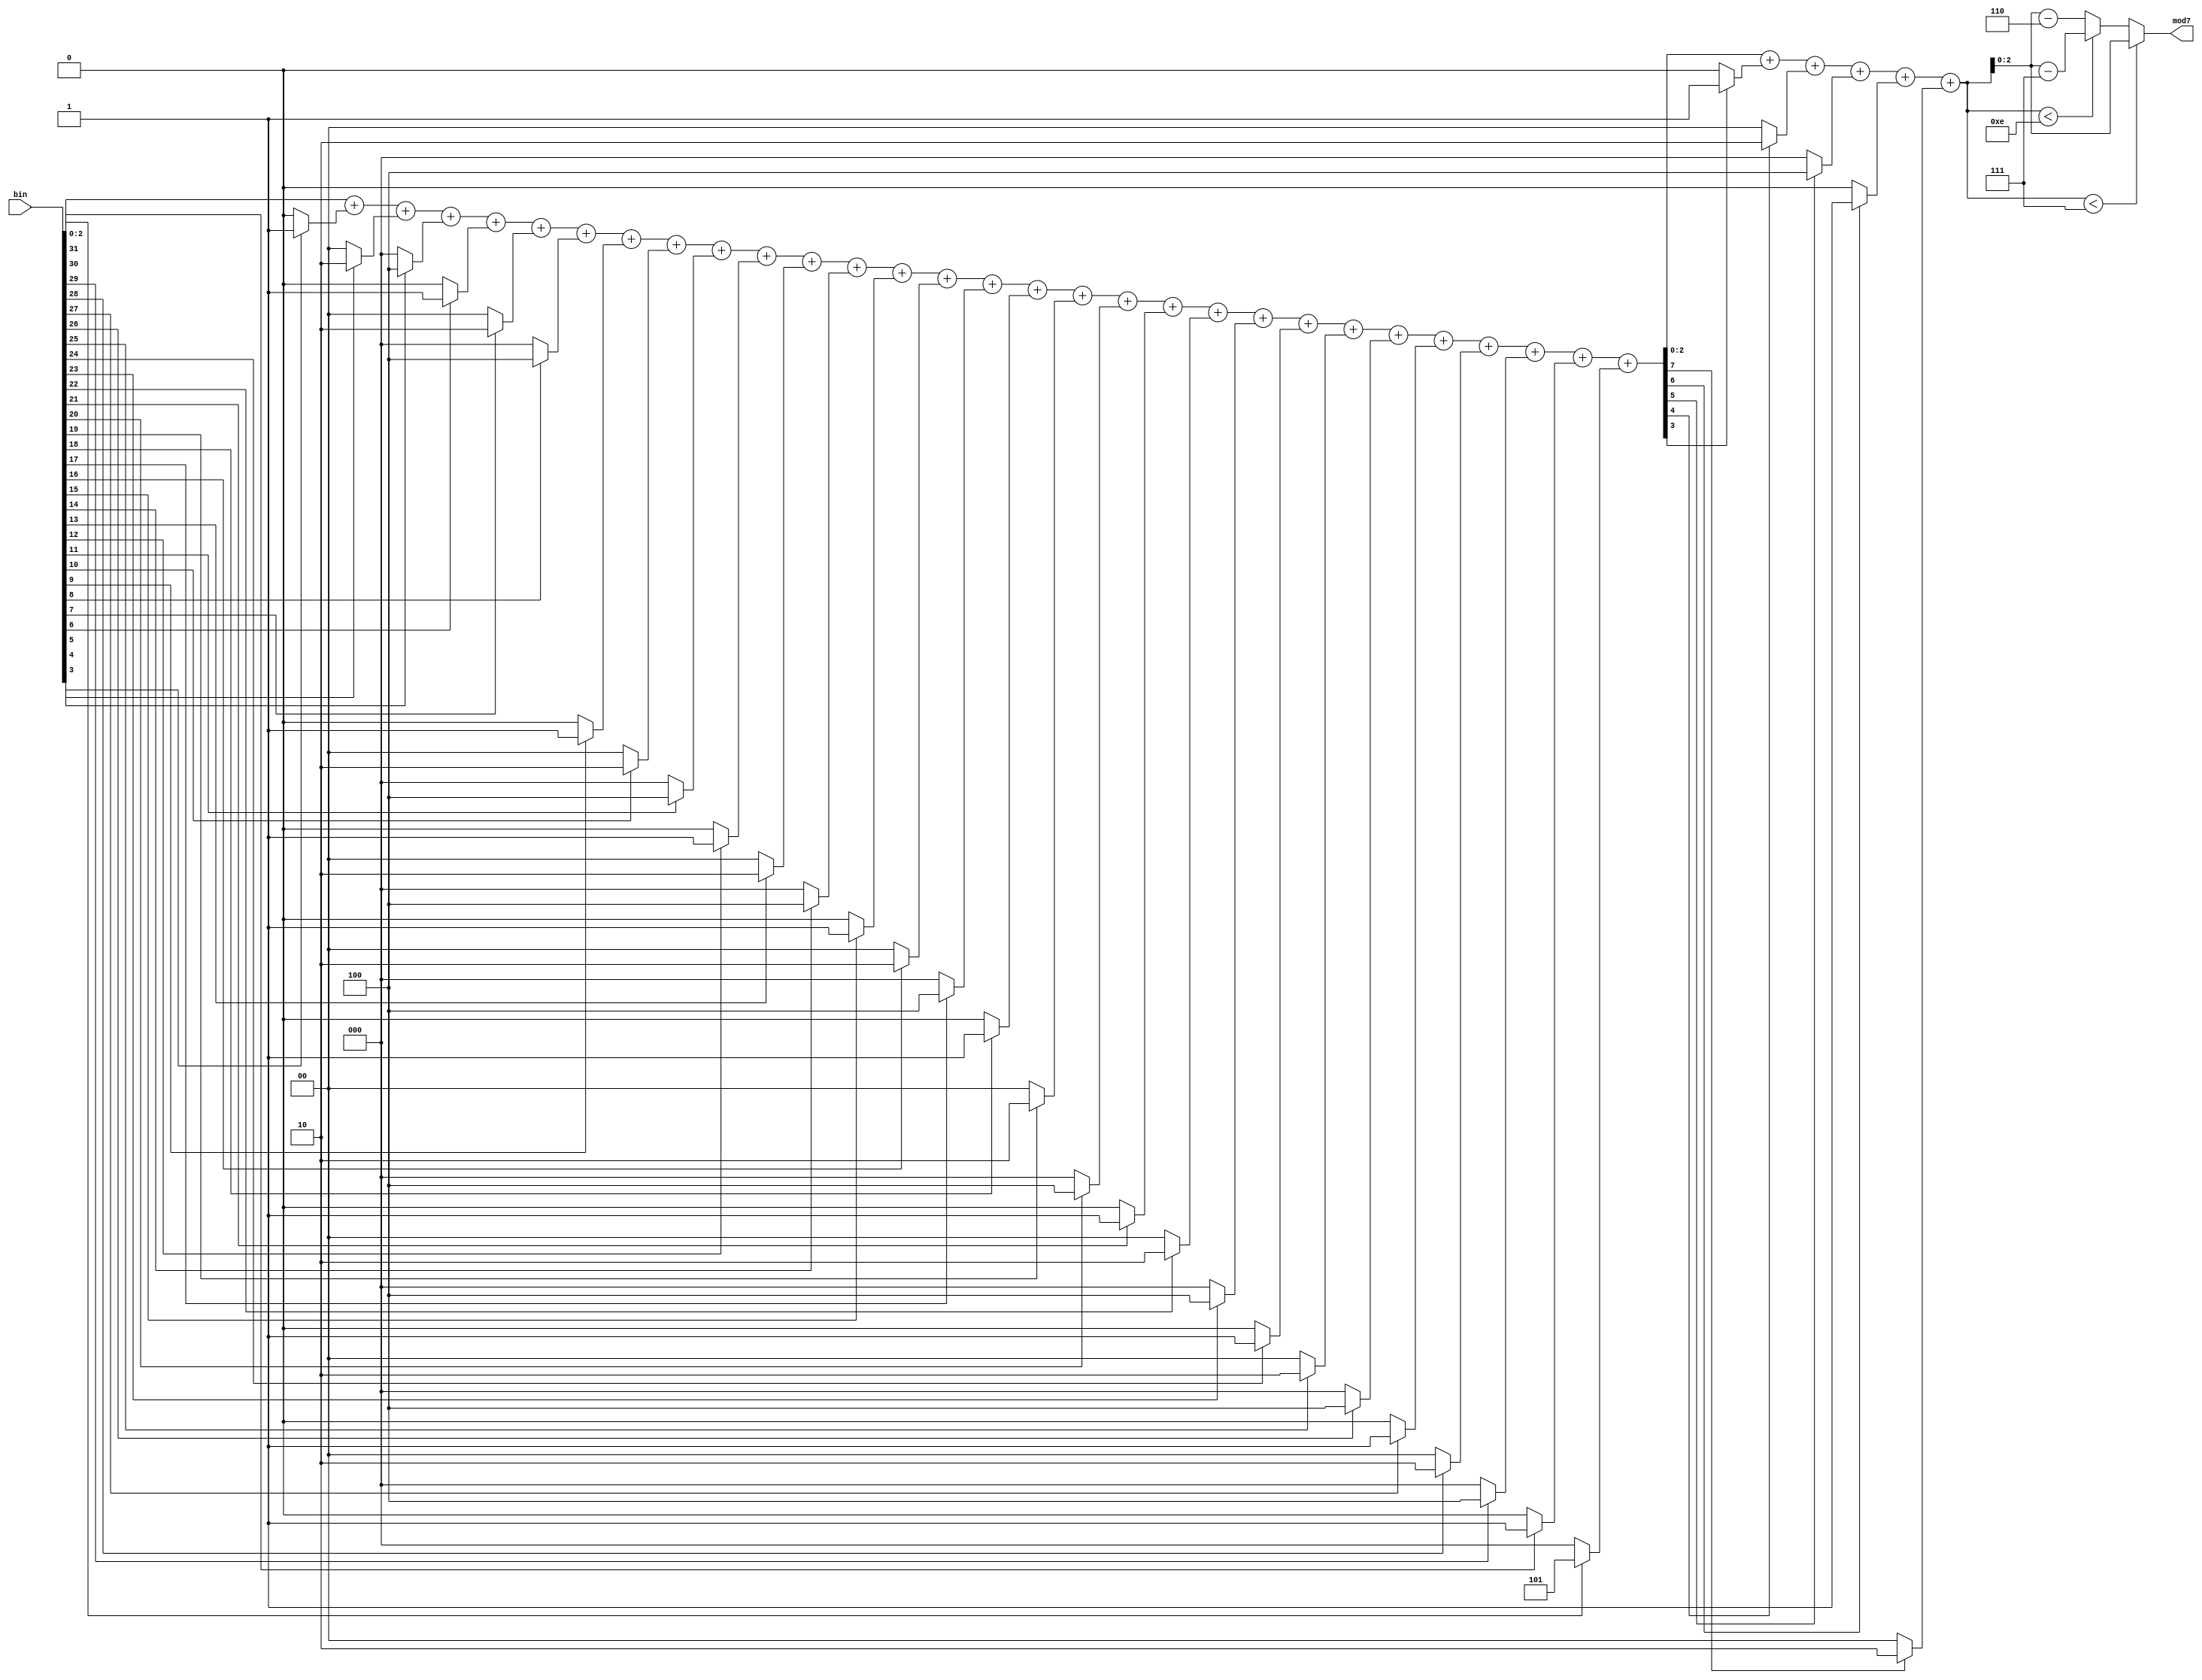
`timescale 1ns / 1ps
//////////////////////////////////////////////////////////////////////////////////
// Company: 
// Engineer: 
// 
// Design Name: 
// Module Name: modulo7n
// Project Name: 
// Target Devices: 
// Tool Versions: 
// Description: 
// 
// Dependencies: 
// 
// Revision:
// Revision 0.01 - File Created
// Additional Comments:
// 
//////////////////////////////////////////////////////////////////////////////////


module modulo7n(input [31:0] bin, output reg [2:0] mod7);
wire [2:0] s31,s30,s29,s28,s27,s26,s25,s24,s23,s22,s21,s20,s19,s18,s17,s16,s15,s14,s13,s12,s11,s10,s9,s8,s7,s6,s5,s4,s3;
wire [2:0] ss7,ss6,ss5,ss4,ss3;
wire [7:0] sum;
wire [4:0]sum2;

assign s31 = bin[31] ? 3'd5 : 7'd0;
assign s30 = bin[30] ? 3'd1 : 7'd0;
assign s29 = bin[29] ? 3'd4 : 7'd0;
assign s28 = bin[28] ? 3'd2 : 7'd0;
assign s27 = bin[27] ? 3'd1 : 7'd0;
assign s26 = bin[26] ? 3'd4 : 7'd0;
assign s25 = bin[25] ? 3'd2 : 7'd0;
assign s24 = bin[24] ? 3'd1 : 7'd0;
assign s23 = bin[23] ? 3'd4 : 7'd0;
assign s22 = bin[22] ? 3'd2 : 7'd0;
assign s21 = bin[21] ? 3'd1 : 7'd0;
assign s20 = bin[20] ? 3'd4 : 7'd0;
assign s19 = bin[19] ? 3'd2 : 7'd0;
assign s18 = bin[18] ? 3'd1 : 7'd0;
assign s17 = bin[17] ? 3'd4 : 7'd0;
assign s16 = bin[16] ? 3'd2 : 7'd0;
assign s15 = bin[15] ? 3'd1 : 7'd0;
assign s14 = bin[14] ? 3'd4 : 7'd0;
assign s13 = bin[13] ? 3'd2 : 7'd0;
assign s12 = bin[12] ? 3'd1 : 7'd0;
assign s11 = bin[11] ? 3'd4 : 7'd0;
assign s10 = bin[10] ? 3'd2 : 7'd0;
assign s9 = bin[9] ? 3'd1 : 7'd0;
assign s8 = bin[8] ? 3'd4 : 7'd0;
assign s7 = bin[7] ? 3'd2 : 7'd0;
assign s6 = bin[6] ? 3'd1 : 7'd0;
assign s5 = bin[5] ? 3'd4 : 7'd0;
assign s4 = bin[4] ? 3'd2 : 7'd0;
assign s3 = bin[3] ? 3'd1 : 7'd0;

assign sum = bin[2:0]+s3+s4+s5+s6+s7+s8+s9+s10+s11+s12+s13+s14+s15+s16+s17+s18+s19+s20+s21+s22+s23+s24+s25+s26+s27+s28+s29+s30+s31;

assign ss7 = sum[7] ? 3'd2 : 7'd0;
assign ss6 = sum[6] ? 3'd1 : 7'd0;
assign ss5 = sum[5] ? 3'd4 : 7'd0;
assign ss4 = sum[4] ? 3'd2 : 7'd0;
assign ss3 = sum[3] ? 3'd1 : 7'd0;

assign sum2 = sum[2:0]+ss3+ss4+ss5+ss6+ss7;

always @(*)
begin
    if (sum2<5'd7)
        mod7 = sum2;
    else if (sum2<5'd14)
        mod7 = sum2 - 5'd7;
    else
        mod7 = sum2 - 5'd14;
end
     
endmodule